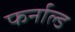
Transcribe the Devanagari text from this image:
फर्नाल्ड